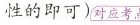
性的即可)